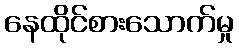
နေထိုင်စားသောက်မှု